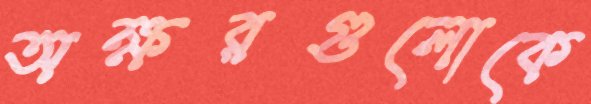
অক্ষরগুলোকে